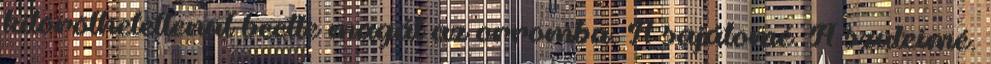
kitörölhetetlenül beette magát az orromba. A sajátomé. A szüleimé.